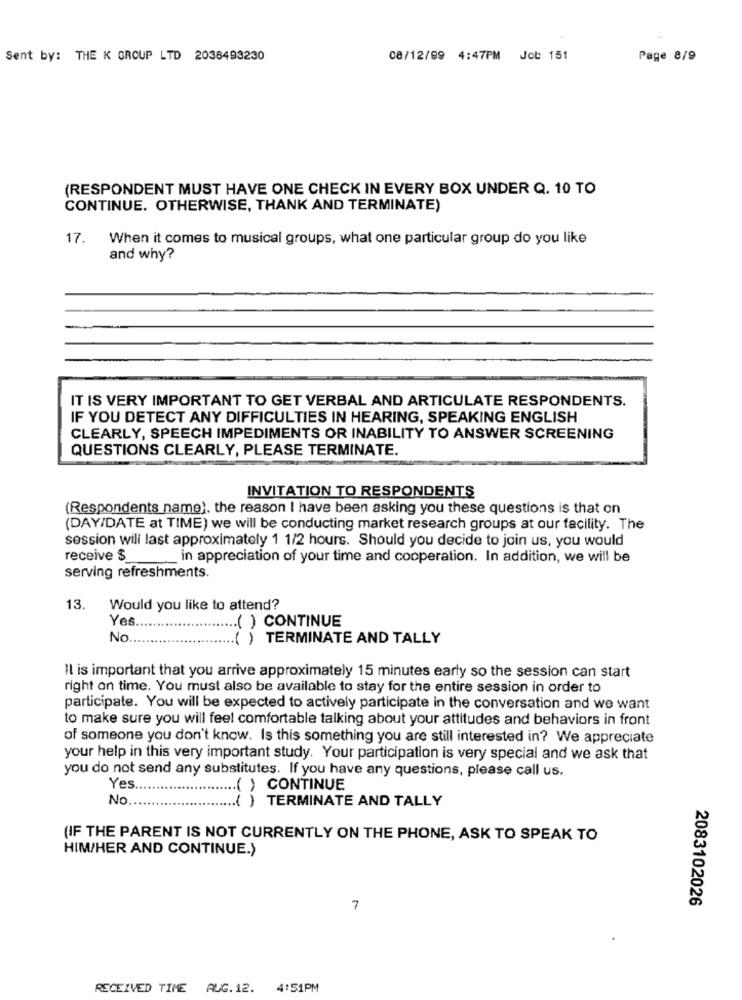
Sent by: THE K GROUP LTD 2038493230
08/12/99 4:47PM Job 151
Page 8/9
(RESPONDENT MUST HAVE ONE CHECK IN EVERY BOX UNDER Q. 10 TO
CONTINUE. OTHERWISE, THANK AND TERMINATE)
17.
When it comes to musical groups, what one particular group do you like
and why?
IT IS VERY IMPORTANT TO GET VERBAL AND ARTICULATE RESPONDENTS.
IF YOU DETECT ANY DIFFICULTIES IN HEARING, SPEAKING ENGLISH
CLEARLY, SPEECH IMPEDIMENTS OR INABILITY TO ANSWER SCREENING
QUESTIONS CLEARLY, PLEASE TERMINATE.
INVITATION TO RESPONDENTS
(Respondents name). the reason I have been asking you these questions is that on
(DAY/DATE at TIME) we will be conducting market research groups at our facility. The
session will last approximately 1 1/2 hours. Should you decide to join us, you would
receive $
in appreciation of your time and cooperation. In addition, we will be
serving refreshments.
13.
Would you like to attend?
Yes
.( ) CONTINUE
No
( ) TERMINATE AND TALLY
Il is important that you arrive approximately 15 minutes early so the session can start
right on time. You must also be available to stay for the entire session in order to
participate. You will be expected to actively participate in the conversation and we want
to make sure you will feel comfortable talking about your attitudes and behaviors in front
of someone you don't know. Is this something you are still interested in? We appreciate
your help in this very important study. Your participation is very special and we ask that
you do not send any substitutes. If you have any questions, please call us.
Yes
... ( ) CONTINUE
No.
( )TERMINATE AND TALLY
(IF THE PARENT IS NOT CURRENTLY ON THE PHONE, ASK TO SPEAK TO
HIM/HER AND CONTINUE.)
2083102026
7
RECEIVED TIME AUG.12. 4:51PM